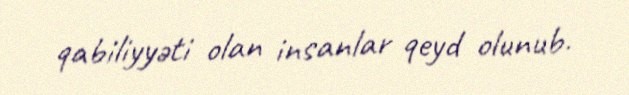
qabiliyyəti olan insanlar qeyd olunub.